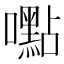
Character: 嚸